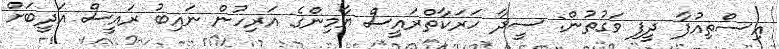
އިސްތިއުފާ ދީފި ވަގުތުން: ސީދާ ހަރަކާތްރައީސް ޔާމިންގެ އަރިހުން ނައިބު ރައީސް އަދީބަށް